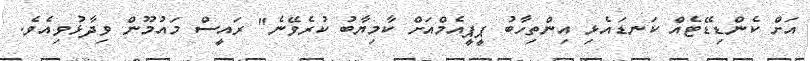
އަށް ކެންޑިޑޭޓެއް ކަނޑައެޅި އިންތިހާބު ޕީޕީއެމްއަށް ކާމިޔާބު ކުރެވޭނެ" ރައީސް މައުމޫން ވިދާޅުވިއެވެ.